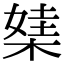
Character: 𣕁